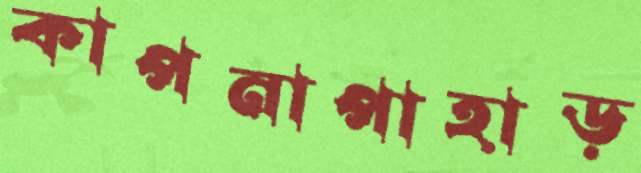
কাপনাপাহাড়